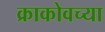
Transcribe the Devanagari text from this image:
क्राकोवच्या